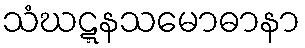
သံဃဋ္ဋနသမောဓာနာ